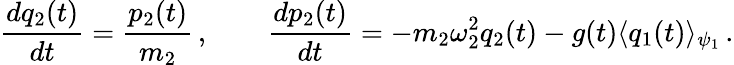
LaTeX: \frac{dq_{2}(t)}{dt}=\frac{p_{2}(t)}{m_{2}}\, ,\qquad\frac{dp_{2}(t)}{dt}=-m_{2}\omega_{2}^{2}q_{2}(t)-g(t)\langle q_{1}(t)\rangle_{\psi_{1}}\, .